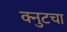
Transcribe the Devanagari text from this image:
क्नुटचा